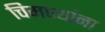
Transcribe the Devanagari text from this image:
चिमण्यांना